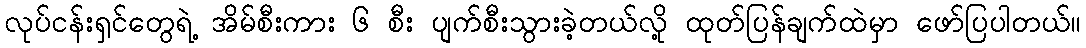
လုပ်ငန်းရှင်တွေရဲ့ အိမ်စီးကား ၆ စီး ပျက်စီးသွားခဲ့တယ်လို့ ထုတ်ပြန်ချက်ထဲမှာ ဖော်ပြပါတယ်။